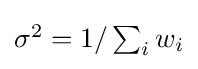
{\textstyle \sigma ^{2}=1/\sum _{i}w_{i}}